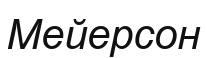
Мейерсон